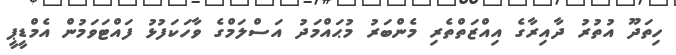
ހިތަދޫ އުތުރު ދާއިރާގެ އިއްޒަތްތެރި މެންބަރު މުޙައްމަދު އަސްލަމްގެ ވާހަކަފުޅު ފައްޓަވަމުން އެމްޑީޕީ